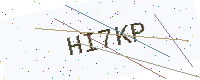
Text: HI7KP